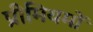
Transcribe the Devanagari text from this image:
प्रीमियमों